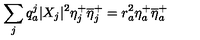
\sum _ { j } q _ { a } ^ { j } | X _ { j } | ^ { 2 } \eta _ { j } ^ { + } \overline { { \eta } } _ { j } ^ { + } = r _ { a } ^ { 2 } \eta _ { a } ^ { + } \overline { { \eta } } _ { a } ^ { + }